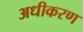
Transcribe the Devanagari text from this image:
अधीकरण